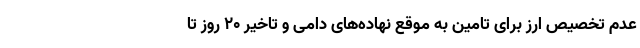
عدم تخصیص ارز برای تامین به موقع نهاده‌های دامی و تاخیر 20 روز تا